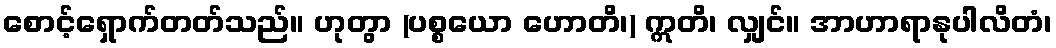
စောင့်ရှောက်တတ်သည်။ ဟုတွာ (ပစ္စယော ဟောတိ၊) ဣတိ၊ လျှင်။ အာဟာရာနုပါလိတံ၊